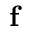
\mathbf { f }